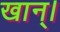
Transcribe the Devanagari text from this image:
खान्।